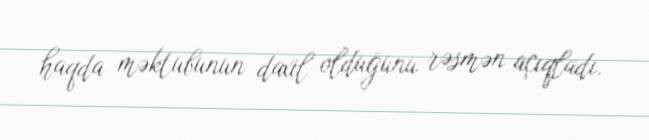
haqda məktubunun daxil olduğunu rəsmən açıqladı.